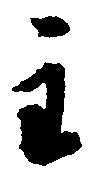
主